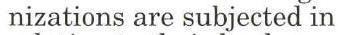
nizations are subjected in